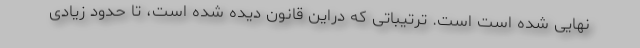
نهایی شده است است. ترتیباتی که دراین قانون دیده شده است، تا حدود زیادی